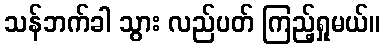
သန်ဘက်ခါ သွား လည်ပတ် ကြည့်ရှုမယ်။